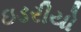
ઇડરીયો